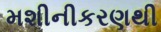
મશીનીકરણથી